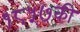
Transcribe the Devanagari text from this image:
१८५७की